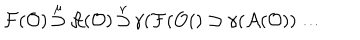
LaTeX: { \cal F } ( { \cal O } ) \mathop { \supset } ^ { \mu } { \cal A } ( { \cal O } ) \mathop { \supset } ^ { \nu } \gamma ( { \cal F } ( { \cal O } ( ) \supset \gamma ( { \cal A } ( { \cal O } ) ) \dots